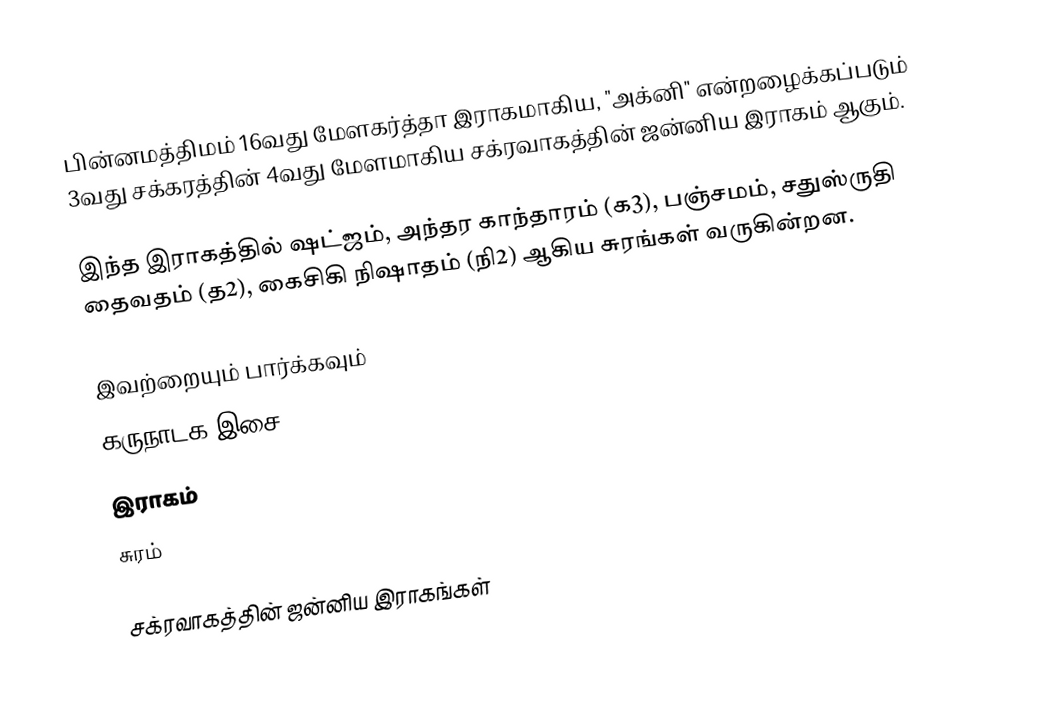
பின்னமத்திமம் 16வது மேளகர்த்தா இராகமாகிய, "அக்னி" என்றழைக்கப்படும் 3வது சக்கரத்தின் 4வது மேளமாகிய சக்ரவாகத்தின் ஜன்னிய இராகம் ஆகும்.

இந்த இராகத்தில் ஷட்ஜம், அந்தர காந்தாரம் (க3), பஞ்சமம், சதுஸ்ருதி தைவதம் (த2), கைசிகி நிஷாதம்  (நி2) ஆகிய சுரங்கள் வருகின்றன.

இவற்றையும் பார்க்கவும்
 கருநாடக இசை
 இராகம்
 சுரம்

சக்ரவாகத்தின் ஜன்னிய இராகங்கள்